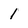
Character: 1